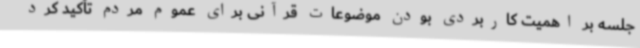
جلسه بر اهمیت کاربردی بودن موضوعات قرآنی برای عموم مردم تأکید کرد